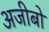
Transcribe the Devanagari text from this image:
अजीबो